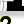
Digit: 2